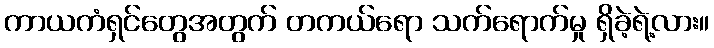
ကာယကံရှင်တွေအတွက် တကယ်ရော သက်ရောက်မှု ရှိခဲ့ရဲ့လား။